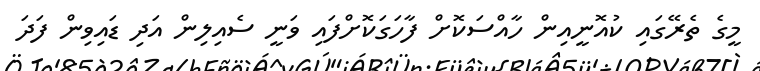
މީގެ ތެރޭގައި ކުއޮނީއިން ހާއްސަކޮށް ފާހަގަކޮށްފައި ވަނީ ސެއިލިން އަދި ޑައިވިން ފަދަ